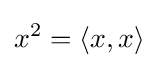
x^{2}=\langle x,x\rangle